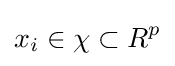
x_{i}\in \chi \subset R^{p}